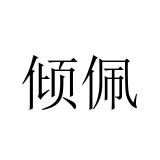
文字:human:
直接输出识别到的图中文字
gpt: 倾佩